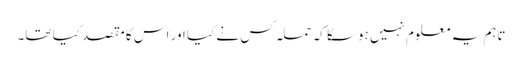
تاہم یہ معلوم نہیں ہوسکا کہ حملہ کس نے کیا اور اس کا مقصد کیا تھا۔